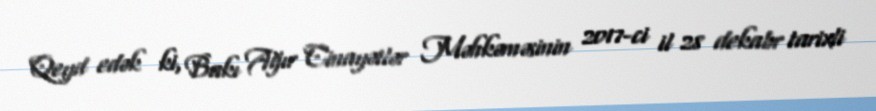
Qeyd edək ki, Bakı Ağır Cinayətlər Məhkəməsinin 2017-ci il 28 dekabr tarixli